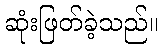
ဆုံးဖြတ်ခဲ့သည်။